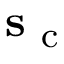
{ \mathbf { s } } _ { \mathrm { ~ c ~ } }